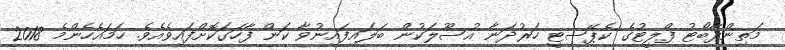
މަތިންދާބޯޓު ފްލީޓުގެ ކެޕޭސިޓީ ހަރުދަނާ އުސޫލަކުން ބަލައިފައިނުވާ ކަން ފާހަގަކޮށްފައިވެއެވެ. ހަމައެހެންމެ 2018